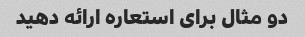
دو مثال برای استعاره ارائه دهید